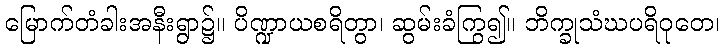
မြောက်တံခါးအနီးရွာ၌။ ပိဏ္ဍာယစရိတွာ၊ ဆွမ်းခံကြွ၍။ ဘိက္ခုသံဃပရိဝုတေ၊